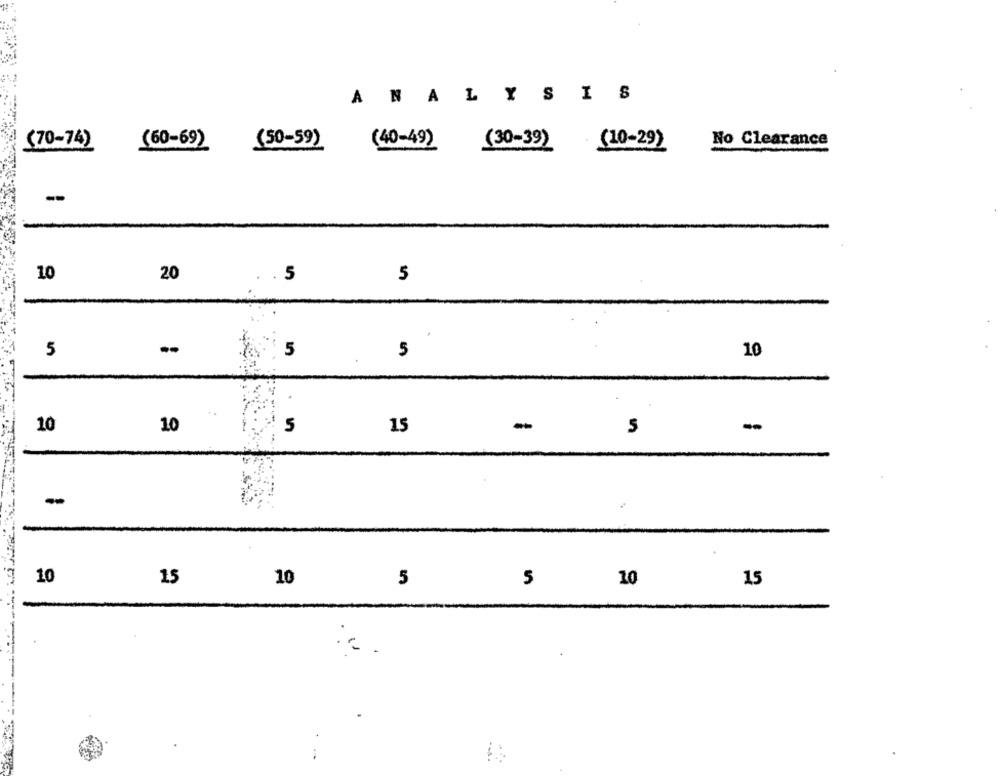
ANALYSIS
No Clearance
<70-74)
(60-69)
(50-59)
(40-49)
(30-39)
(10-29)
-
10
20
. . 5
5
5
5
10
.
15
-
10
10
5
-
10
15
10
5
5
10
15